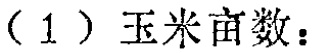
（1）玉米亩数：